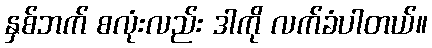
နှစ်ဘက် စလုံးလည်း ဒါကို လက်ခံပါတယ်။